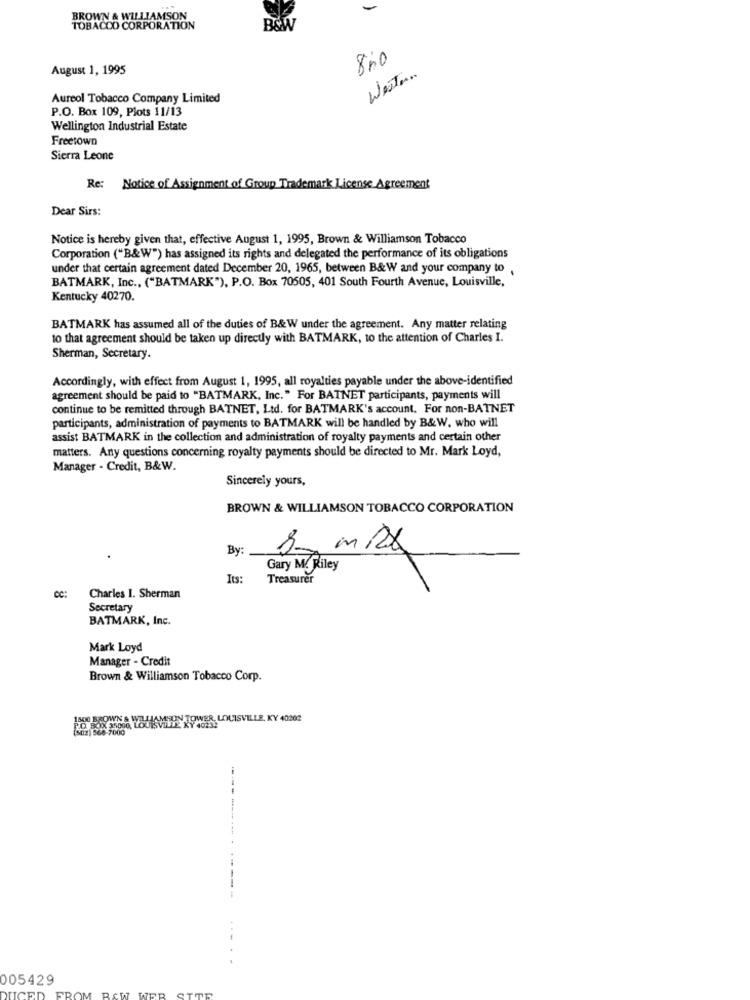
BROWN & WILLIAMSON
TOBACCO CORPORATION
B&W
800
August 1, 1995
Western
Aureol Tobacco Company Limited
P.O. Box 109, Plots 11/13
Wellington Industrial Estate
Freetown
Sierra Leone
Re: Notice of Assignment of Group Trademark License Agreement
Dear Sirs:
Notice is hereby given that, effective August 1, 1995, Brown & Williamson Tobacco
Corporation ("B&W") has assigned its rights and delegated the performance of its obligations
under that certain agreement dated December 20, 1965, between B&W and your company to.
BATMARK, Inc ., ("BATMARK"), P.O. Box 70505, 401 South Fourth Avenue, Louisville,
Kentucky 40270.
BATMARK has assumed all of the duties of B&W under the agreement. Any matter relating
to that agreement should be taken up directly with BATMARK, to the attention of Charles I.
Sherman, Secretary.
Accordingly, with effect from August 1, 1995, all royalties payable under the above-identified
agreement should be paid to "BATMARK, Inc." For BAINET participants, payments will
continue to be remitted through BATNET, Ltd. for BATMARK's account. For non-BATNET
participants, administration of payments to BATMARK will be handled by B&W. who will
assist BATMARK in the collection and administration of royalty payments and certain other
matters. Any questions concerning royalty payments should be directed to Mr. Mark Loyd,
Manager - Credit, B&W.
Sincerely yours,
BROWN & WILLIAMSON TOBACCO CORPORATION
By:
Gary M. Riley
Its:
Treasurer
CC:
Charles I. Sherman
Secretary
BATMARK, Inc.
Mark Loyd
Manager - Credit
Brown & Williamson Tobacco Corp.
TO Hold YOUMIN TOWER LOUISVILLE, KY 40202
--
005429
ROM RAW WER
STTR
UCED